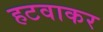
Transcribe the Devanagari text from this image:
हटवाकर